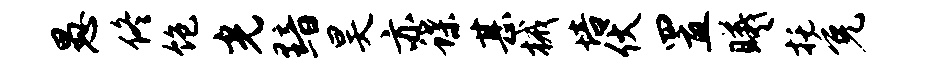
愚佟饱光黯昊亦蝶甚械培伏置曦托免